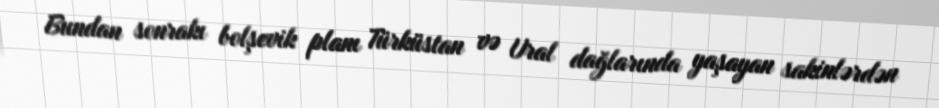
Bundan sonrakı bolşevik planı Türküstan və Ural dağlarında yaşayan sakinlərdən